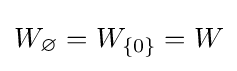
W_{\varnothing }=W_{\{0\}}=W